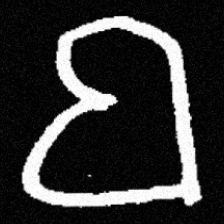
Pyu character \u2014 Myanmar letter: ဗ (romanized: ba)